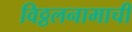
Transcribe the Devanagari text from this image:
विठ्ठलनामाची